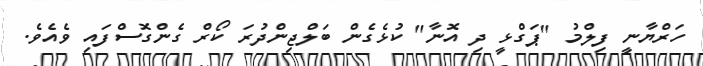
ހަރްޔާނީ ފިލްމު "ޕަގްޅީ ދި އޮނާ" ކުޅެގެން ބަލްޖިންދުރަ ކޯރް ގެންގޮސްފައި ވެއެވެ.